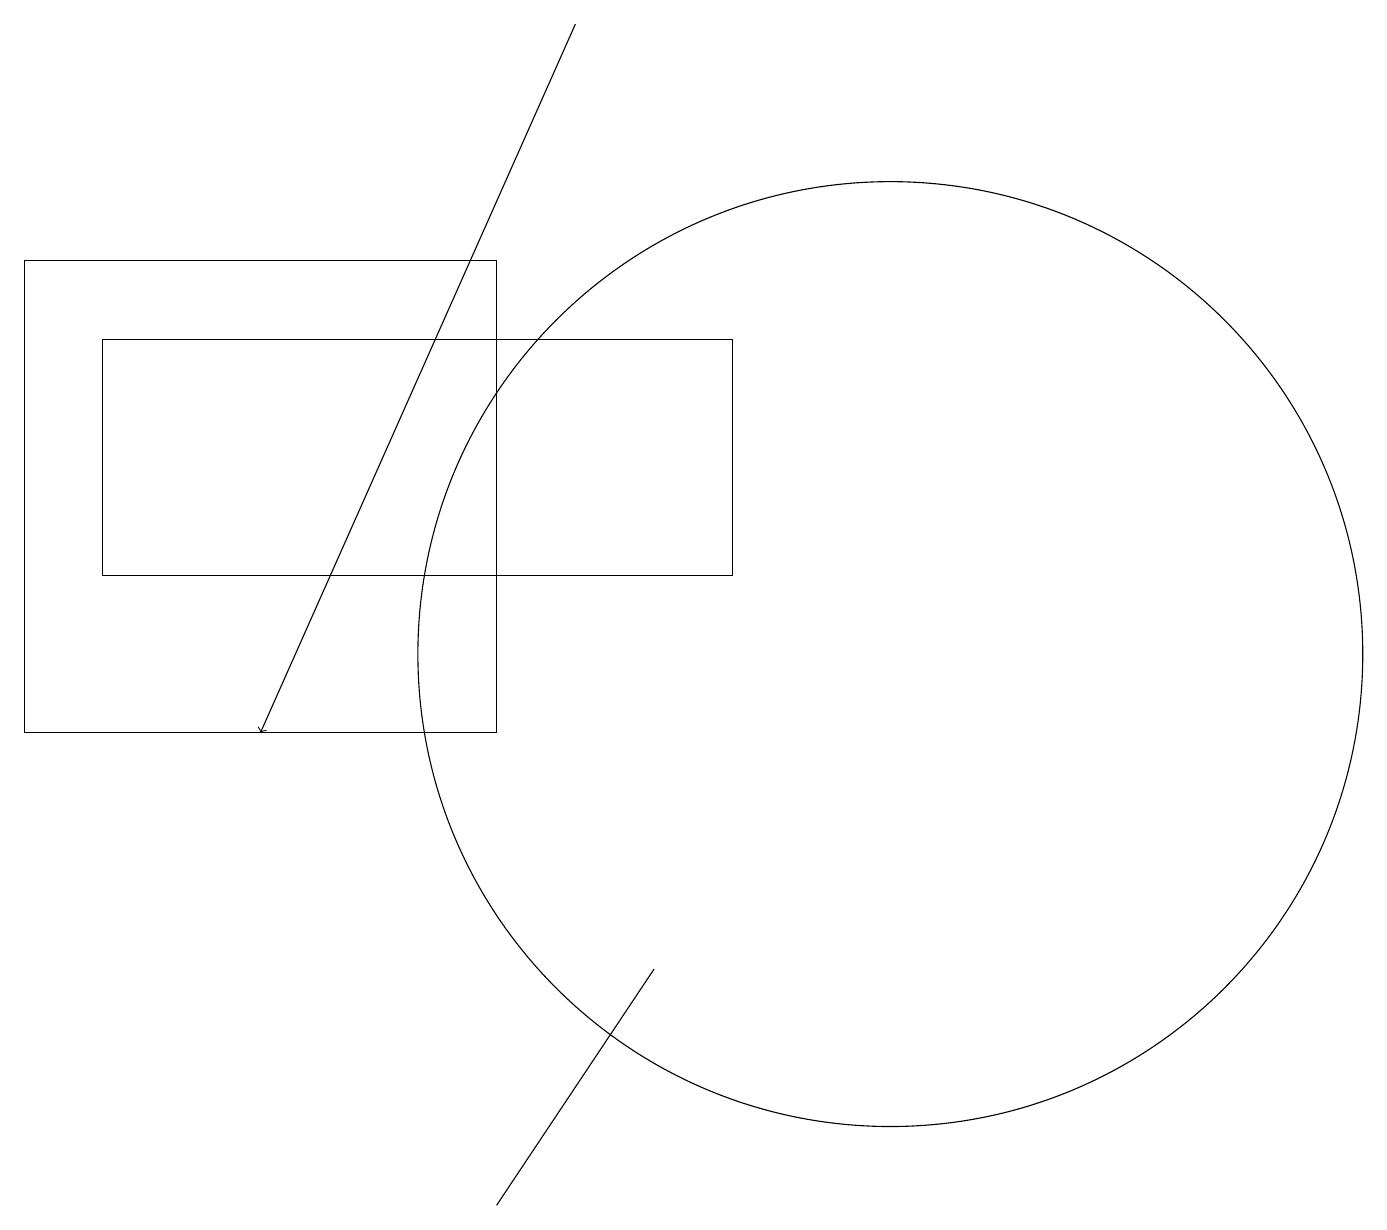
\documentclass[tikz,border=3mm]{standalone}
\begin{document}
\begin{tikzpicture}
\draw (11,11) circle (6);
\draw[->] (7,19) -- (3,10);
\draw (6,10) rectangle (0,16);
\draw (8,7) -- (6,4) -- (6,4) -- cycle;
\draw (9,12) rectangle (1,15);
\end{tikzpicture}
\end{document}